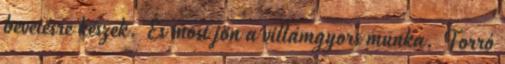
bevetésre készek. És most jön a villámgyors munka. Forró